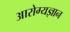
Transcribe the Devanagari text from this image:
आरोग्यज्ञान